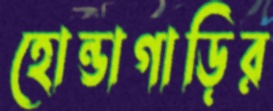
হোন্ডাগাড়ির